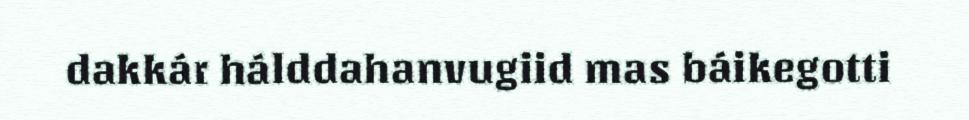
dakkár hálddahanvugiid mas báikegotti